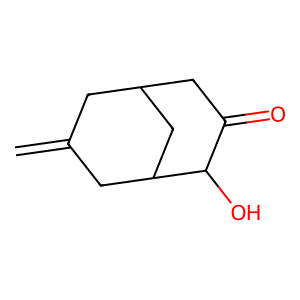
SMILES: C=C1CC2CC(=O)C(O)C(C1)C2
Inhibits HIV replication: No